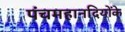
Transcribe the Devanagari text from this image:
पंचमहानदियोंके